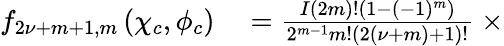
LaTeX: \begin{array}{rl}{f_{2\nu+m+1,m}\left(\chi_{c},\phi_{c}\right)}&{{}=\frac{I(2m)!(1-(-1)^{m})}{2^{m-1}m!\left(2\left(\nu+m\right)+1\right)!}\ \times}\end{array}